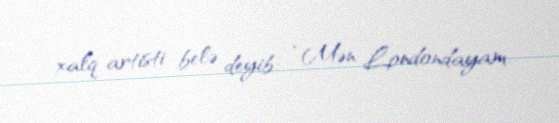
xalq artisti belə deyib: “Mən Londondayam.